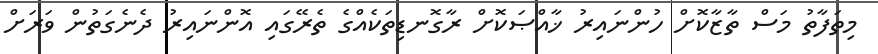
މިތަފާތު މަސް ތާޒާކޮށް ހުންނައިރު ޚާއްޞަކޮށް ރާގޮނޑިތަކެެއްގެ ތެރޭގައި އޮންނައިރު ދެނެގަތުން ވަރަށް